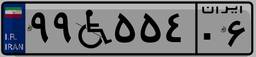
۹۹W۵۵۴۰۶